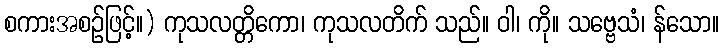
စကားအစဉ်ဖြင့်။) ကုသလတ္တိကော၊ ကုသလတိက် သည်။ ဝါ၊ ကို။ သဗ္ဗေသံ၊ န်သော။